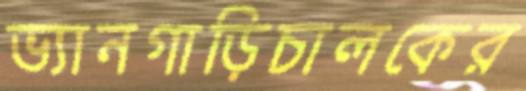
ভ্যানগাড়িচালকের